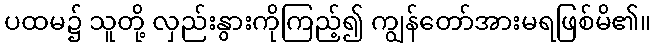
ပထမ၌ သူတို့ လှည်းနွားကိုကြည့်၍ ကျွန်တော်အားမရဖြစ်မိ၏။